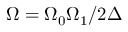
\Omega = \Omega _ { 0 } \Omega _ { 1 } / 2 \Delta